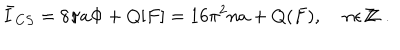
\bar { I } _ { C S } = 8 \pi a \Phi + Q [ F ] = 1 6 \pi ^ { 2 } n a + Q ( F ) , \; n \epsilon Z \! \! \! Z \; .